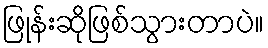
ဖြုန်းဆိုဖြစ်သွားတာပဲ။